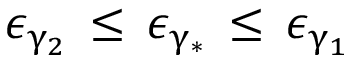
\epsilon _ { \upgamma _ { 2 } } \, \leq \, \epsilon _ { \upgamma _ { \ast } } \, \leq \, \epsilon _ { \upgamma _ { 1 } }